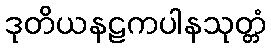
ဒုတိယနဠကပါနသုတ္တံ